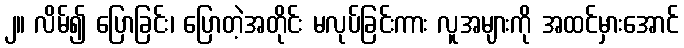
၂။ လိမ်၍ ပြောခြင်း၊ ပြောတဲ့အတိုင်း မလုပ်ခြင်းကား လူအများကို အထင်မှားအောင်